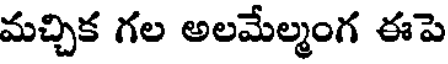
మచ్చిక గల అలమేల్మంగ ఈపె